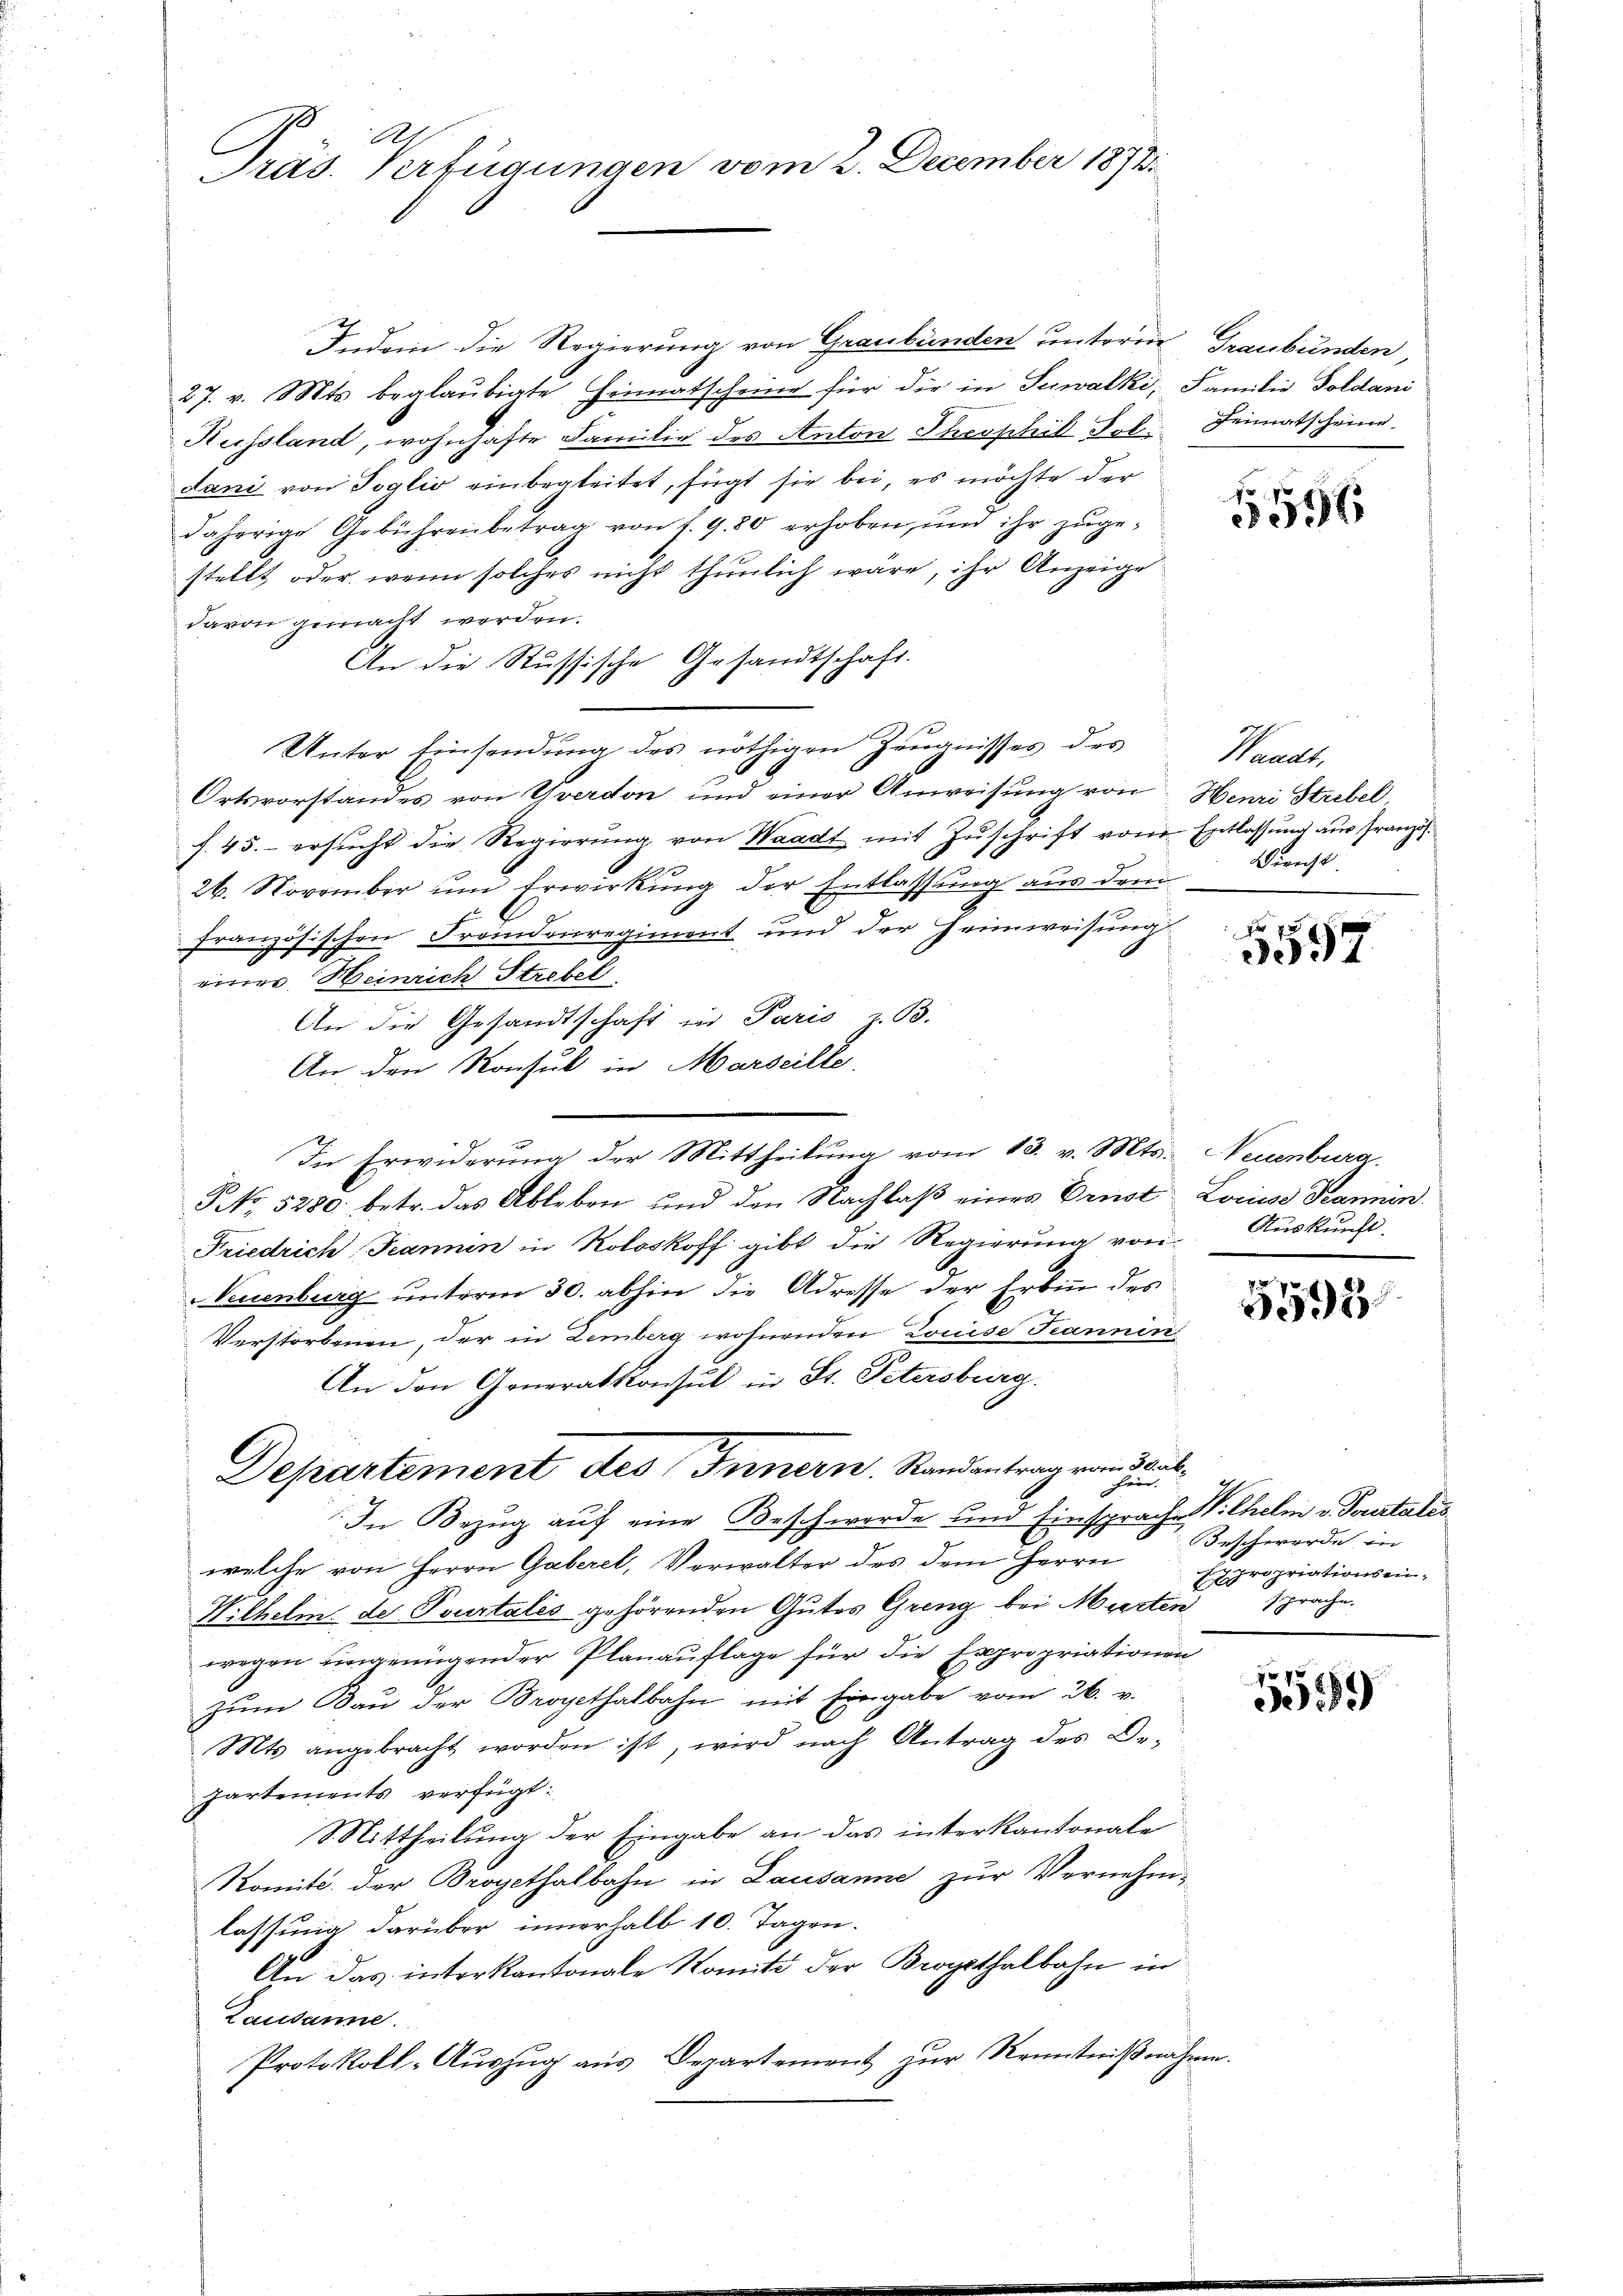
del
Präs. Verfügungen vom 2. December 1873

Indem die Regierung von Graubünden unterm Graubünden,
27. v. Mts. beglaubigte Heimatscheine für die in Suwalki, Familie Soldani
Russland, wohnhafte Familie des Anton Theophil Fol. Heimatscheine.
dani von Toglio einbegleitet, fügt sie bei, es möchte der
daherige Gebührenbetrag von 1. 980 erhoben, und ihr zŭge-
stellt oder wenn solches nicht thunlich wäre, ihr Anzeige
davon gemacht werden.
An die Russische Gesandtschaft.
Unter Einsendung des nöthigen Zeugnisses des Waadt,
Ortsvorstandes von Yverdon und einer Anweisung von Henri Strebel,
f. 45. ersucht die Regierŭng von Waadt mit Zuschrift von Entlassung aus Französ.
26. November um Erwirkung der Entlassung aus dem
französischen Fremdenregiment und der Heimweisung
einer Heinrich Strebel
An die Gesandtschaft in Paris, z. B.
An den Konsul in Marseille,
G No. 5280. betr. das Ableben und den Nachlaß eines Ernst Louise Tannen.
Friedrich Fannin in Koloskoff gibt die Regierung von Auskunft,
Neuenburg unterm 30. abhin die Adresse der Erbin des
Verstorbenen, der in Lemberg wohnenden Louise Jeannen
An den Generalkonsul in St. Petersburg.
Departement des Innern. Randantrag von Sub¬
Heer
In Bezug auf eine Beschwerde und Einsprache Vithelm v. Pourtales
welche von Herrn Gaberel, Verwalter des dem Herrn
Wilhelm. der Pourtales gehörenden Gutes Greng bei Marten
wegen ungenügender Planauflage für die Expropriationen
Zum Bau der Brogethalbahn mit Eingabe vom 26. v.
Mts angebracht worden ist, wird nach Antrag des De-
Partements verfügt:
Mittheilung der Eingabe an das interkantonale
Komite der Brogethalbahn in Lausanne zur Vernehmlassung darüber innerhalb 10. Tagen.
An das interkantonale Komit der Brogithalbahn in
Lausanne.
Protokoll-Auszug aus Departement zur Kenntnißnahme

In Erwiderung der Mittheilung vom 13. v. Mts. Neuenburg.

1596

Dienst

3357

5595

I
Beschwerde in
Expropriationseinsprache.

f 9 x
3.89)